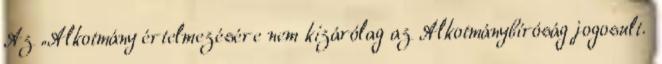
Az „Alkotmány értelmezésére nem kizárólag az Alkotmánybíróság jogosult.